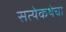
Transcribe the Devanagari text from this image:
सत्येकथेचा